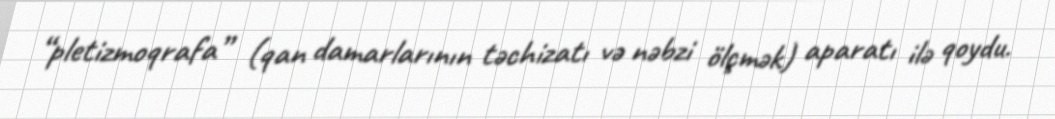
“pletizmoqrafa” (qan damarlarının təchizatı və nəbzi ölçmək) aparatı ilə qoydu.